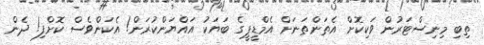
ތިބި މިނިސްޓަރުން ވަކިކޮށް އެތަންތަނަށް އެމްޑީޕީގެ ބަޔަކު އައްޔަންކުރަން! އެކަންވެސް ކޮށްފި! ދެން